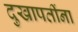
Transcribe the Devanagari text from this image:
दुखापतींना